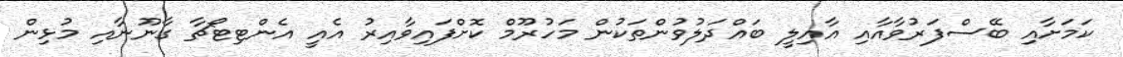
ކަމަށާއި ބޭސްފަރުވާއާއި އާއިލީ ބައްދަލުވުންތަކުން މަހުރޫމް ކޮށްފައިވާއިރު އެއީ އެންޓިޓޯޗާ ގާނޫނާއި މުޅިން